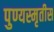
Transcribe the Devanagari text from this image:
पुण्यस्मृतीस